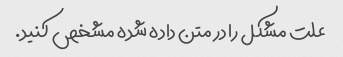
علت مشکل را در متن داده شده مشخص کنید.